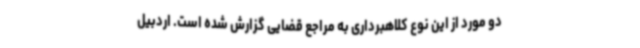
دو مورد از این نوع کلاهبرداری به مراجع قضایی گزارش شده ‌است. اردبیل